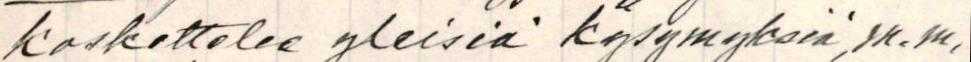
koskettelee yleisiä kysymyksiä, m.m,